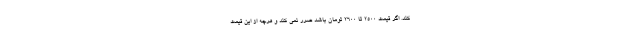
کند. اگر قیمت ۲۵۰۰ تا ۲۶۰۰ تومان باشد ضرر نمی کند و هرچه از این قیمت